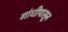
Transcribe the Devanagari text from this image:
गांधीपासून